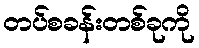
တပ်စခန်းတစ်ခုကို